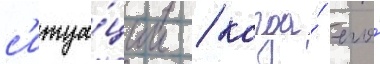
с'итуа́ции / когда́ его́